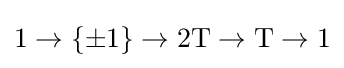
1\to \{\pm 1\}\to 2\mathrm {T} \to \mathrm {T} \to 1